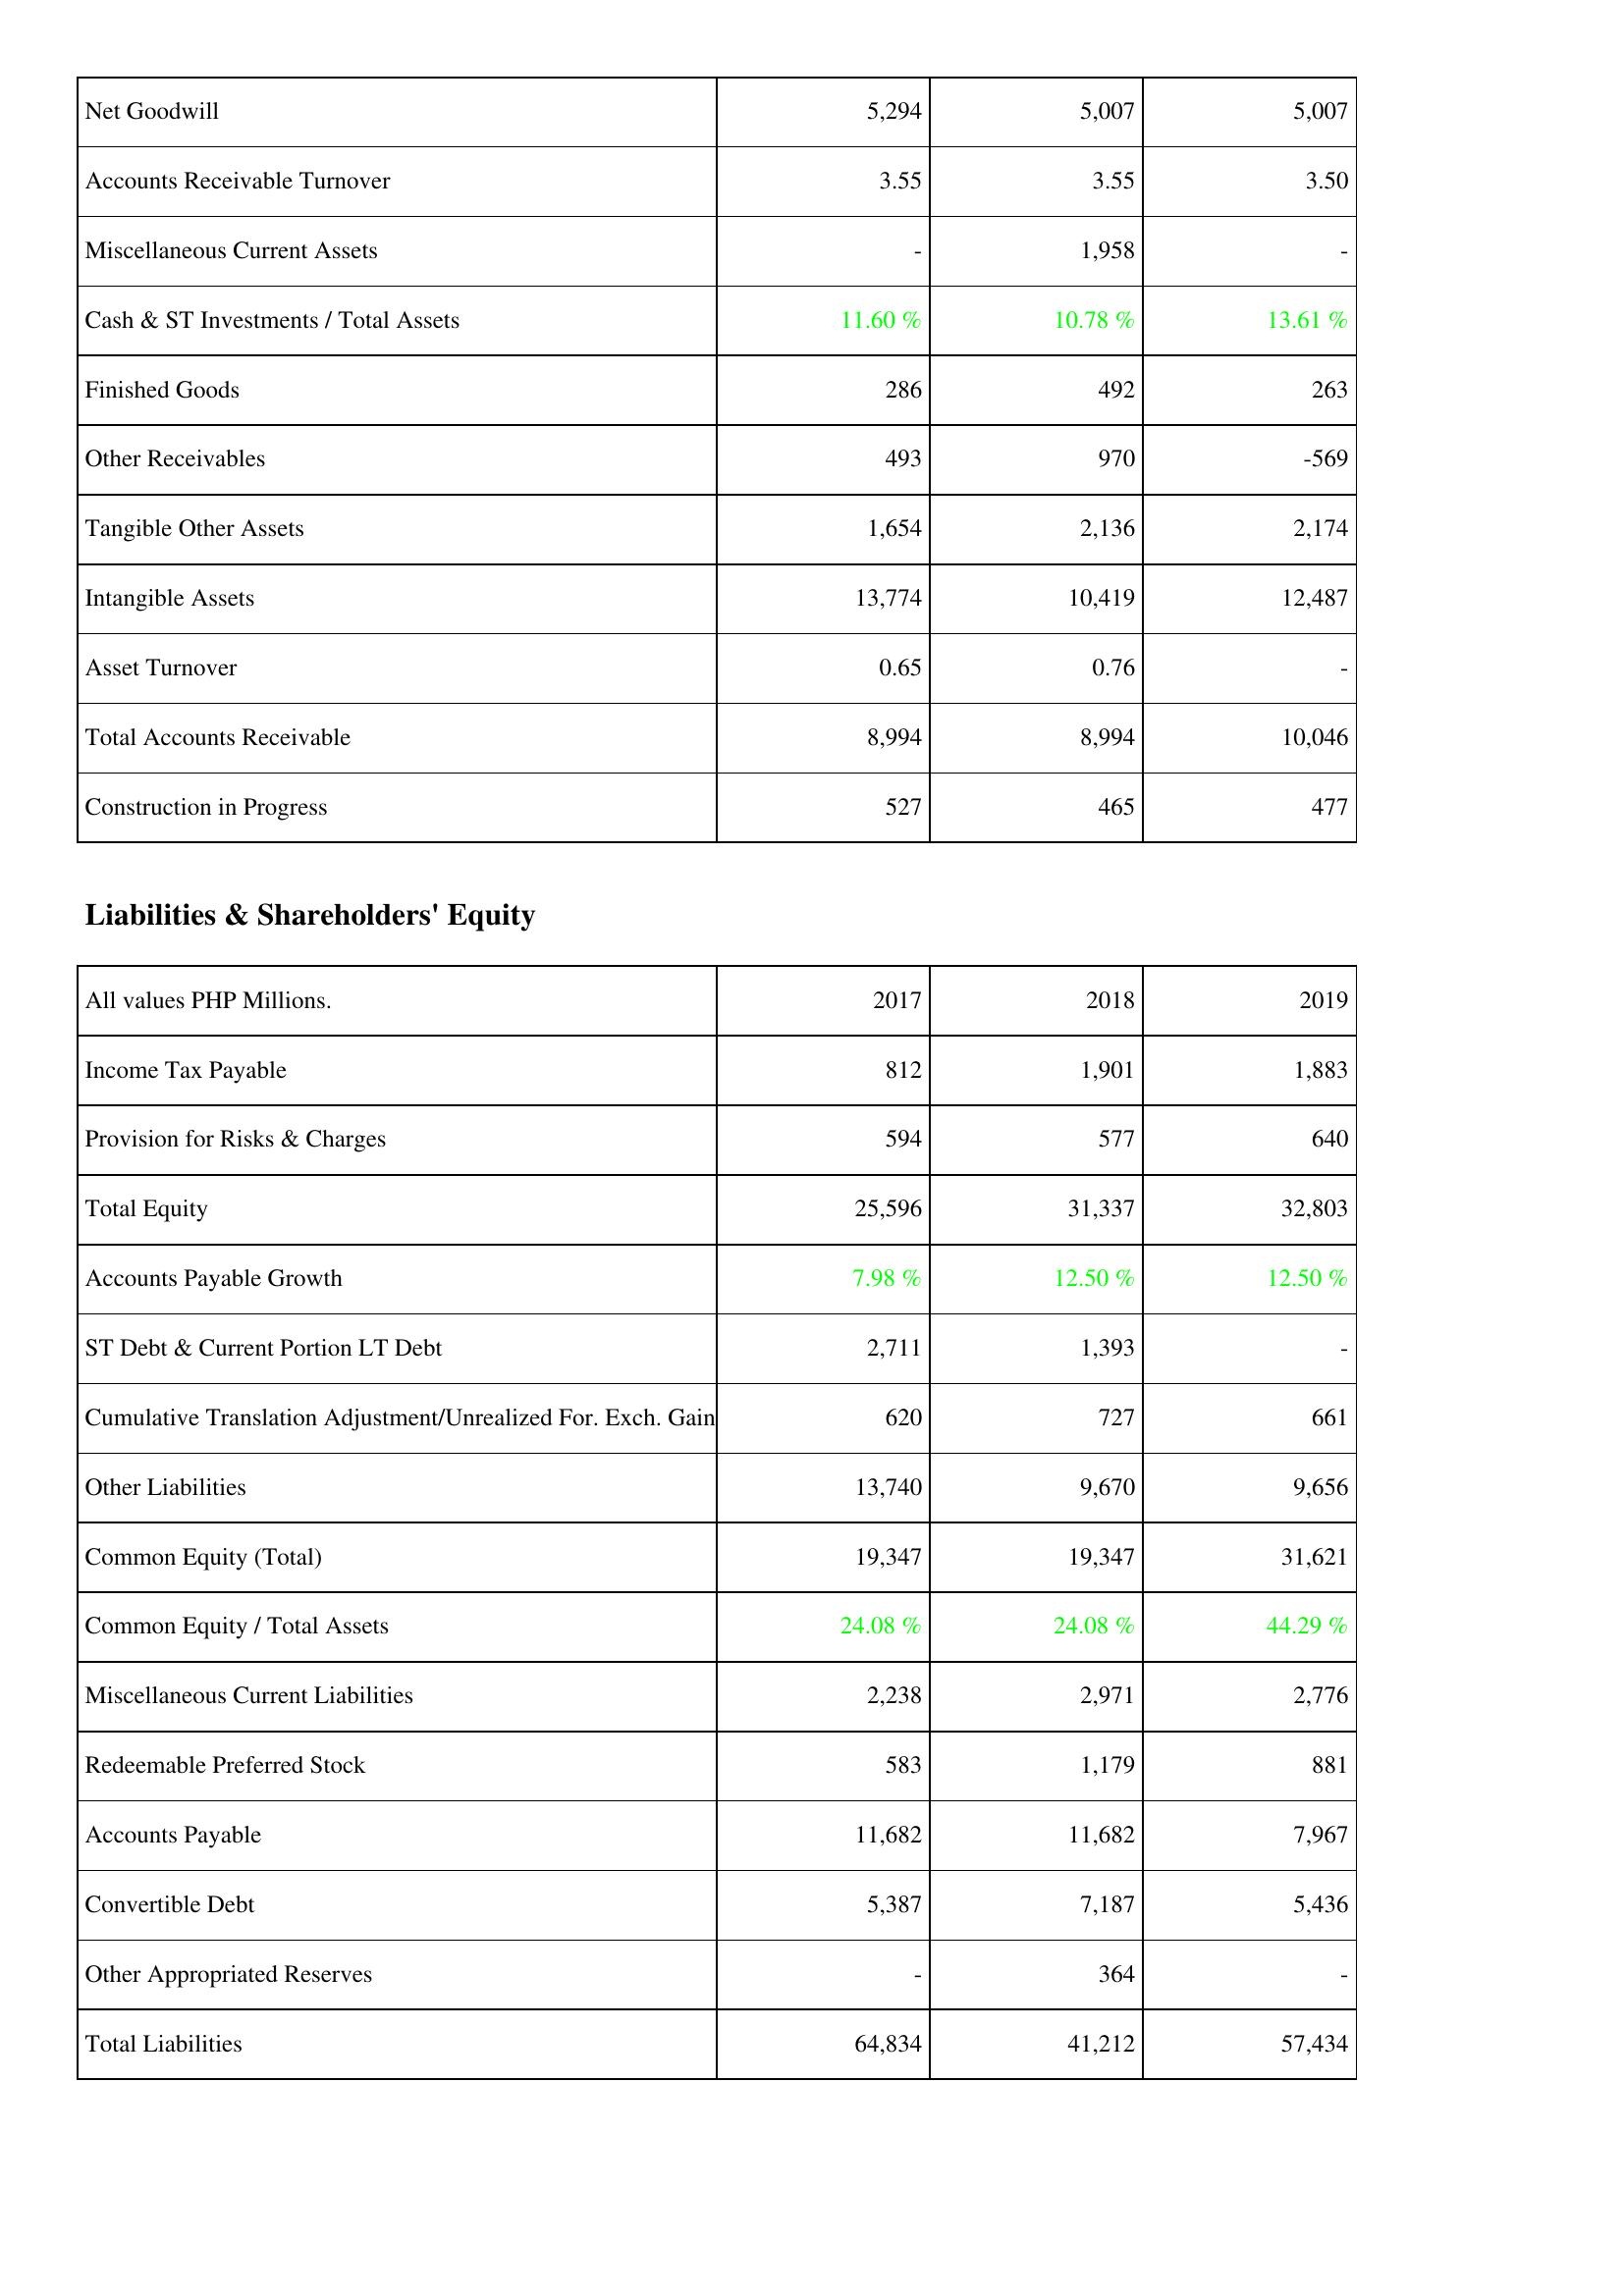
2017: Assets: Net Goodwill: 5,294
Accounts Receivable Turnover: 3.55
Miscellaneous Current Assets: -
Cash & ST Investments / Total Assets: 11.60 %
Finished Goods: 286
Other Receivables: 493
Tangible Other Assets: 1,654
Intangible Assets: 13,774
Asset Turnover: 0.65
Total Accounts Receivable: 8,994
Construction in Progress: 527
Liabilities & Shareholders' Equity: Income Tax Payable: 812
Provision for Risks & Charges: 594
Total Equity: 25,596
Accounts Payable Growth: 7.98 %
ST Debt & Current Portion LT Debt: 2,711
Cumulative Translation Adjustment/Unrealized For. Exch. Gain: 620
Other Liabilities: 13,740
Common Equity (Total): 19,347
Common Equity / Total Assets: 24.08 %
Miscellaneous Current Liabilities: 2,238
Redeemable Preferred Stock: 583
Accounts Payable: 11,682
Convertible Debt: 5,387
Other Appropriated Reserves: -
Total Liabilities: 64,834
2018: Assets: Net Goodwill: 5,007
Accounts Receivable Turnover: 3.55
Miscellaneous Current Assets: 1,958
Cash & ST Investments / Total Assets: 10.78 %
Finished Goods: 492
Other Receivables: 970
Tangible Other Assets: 2,136
Intangible Assets: 10,419
Asset Turnover: 0.76
Total Accounts Receivable: 8,994
Construction in Progress: 465
Liabilities & Shareholders' Equity: Income Tax Payable: 1,901
Provision for Risks & Charges: 577
Total Equity: 31,337
Accounts Payable Growth: 12.50 %
ST Debt & Current Portion LT Debt: 1,393
Cumulative Translation Adjustment/Unrealized For. Exch. Gain: 727
Other Liabilities: 9,670
Common Equity (Total): 19,347
Common Equity / Total Assets: 24.08 %
Miscellaneous Current Liabilities: 2,971
Redeemable Preferred Stock: 1,179
Accounts Payable: 11,682
Convertible Debt: 7,187
Other Appropriated Reserves: 364
Total Liabilities: 41,212
2019: Assets: Net Goodwill: 5,007
Accounts Receivable Turnover: 3.50
Miscellaneous Current Assets: -
Cash & ST Investments / Total Assets: 13.61 %
Finished Goods: 263
Other Receivables: -569
Tangible Other Assets: 2,174
Intangible Assets: 12,487
Asset Turnover: -
Total Accounts Receivable: 10,046
Construction in Progress: 477
Liabilities & Shareholders' Equity: Income Tax Payable: 1,883
Provision for Risks & Charges: 640
Total Equity: 32,803
Accounts Payable Growth: 12.50 %
ST Debt & Current Portion LT Debt: -
Cumulative Translation Adjustment/Unrealized For. Exch. Gain: 661
Other Liabilities: 9,656
Common Equity (Total): 31,621
Common Equity / Total Assets: 44.29 %
Miscellaneous Current Liabilities: 2,776
Redeemable Preferred Stock: 881
Accounts Payable: 7,967
Convertible Debt: 5,436
Other Appropriated Reserves: -
Total Liabilities: 57,434